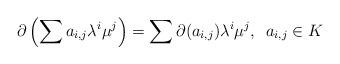
LaTeX: \begin{align*}\partial \left(\sum a_{i,j} \lambda^i\mu^j\right)=\sum \partial (a_{i,j}) \lambda^i\mu^j,\,\,\, a_{i,j}\in K\end{align*}